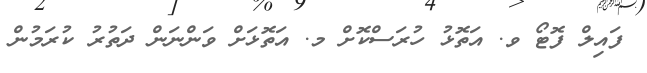
ފައިލް ފޮޓޯ ވ. އަތޮޅު ހުރަސްކޮށް މ. އަތޮޅަށް ވަންނަން ދަތުރު ކުރަމުން